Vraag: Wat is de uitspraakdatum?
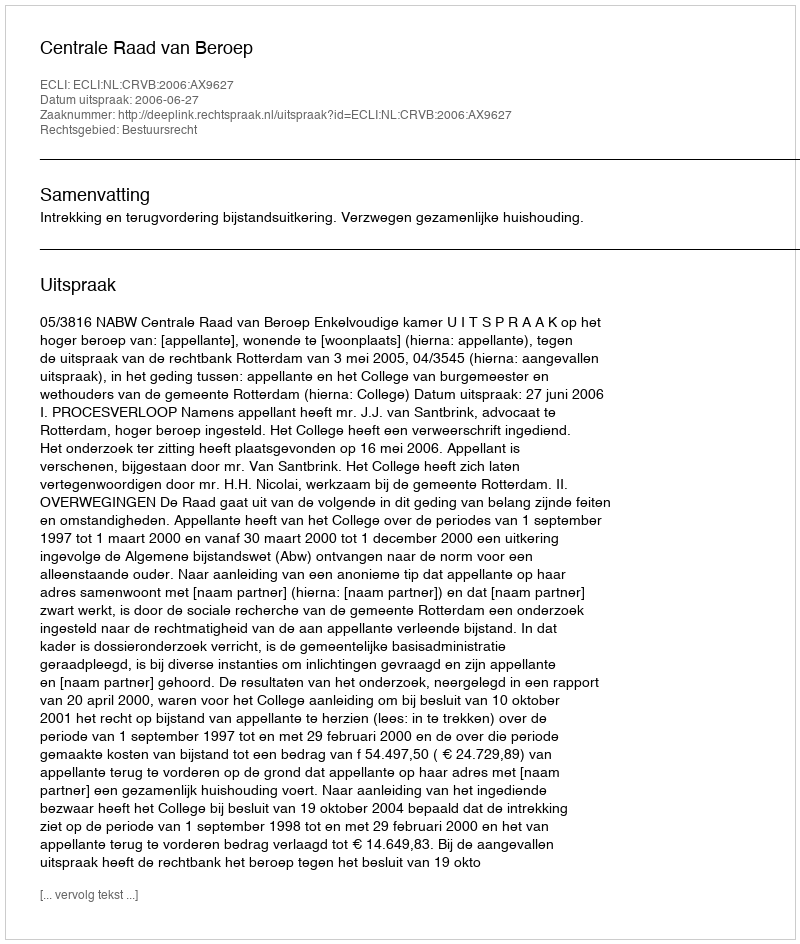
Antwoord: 2006-06-27